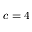
c = 4